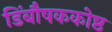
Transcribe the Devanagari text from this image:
डिंबौषककोष्ठ